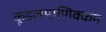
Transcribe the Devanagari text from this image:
कूडलमाणिक्कम